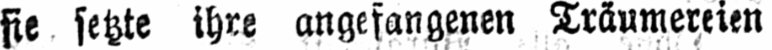
sie setzte ihre angefangenen Träumereien